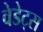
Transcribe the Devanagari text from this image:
वेडेट्स